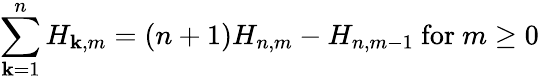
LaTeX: \sum_{\mathbf{k}=1}^{n}H_{\mathbf{k},m}=(n+1)H_{n,m}-H_{n,m-1}{\mathrm{{~for~}}}m\geq0